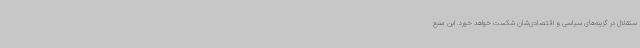
ستقلال در گزینه‌های سیاسی و اقتصادی‌شان شکست خواهد خورد. این منبع